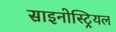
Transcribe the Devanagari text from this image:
साइनोस्ट्रियल